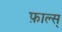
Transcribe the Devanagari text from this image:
फ़ाल्स्